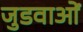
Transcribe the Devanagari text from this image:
जुडवाओं